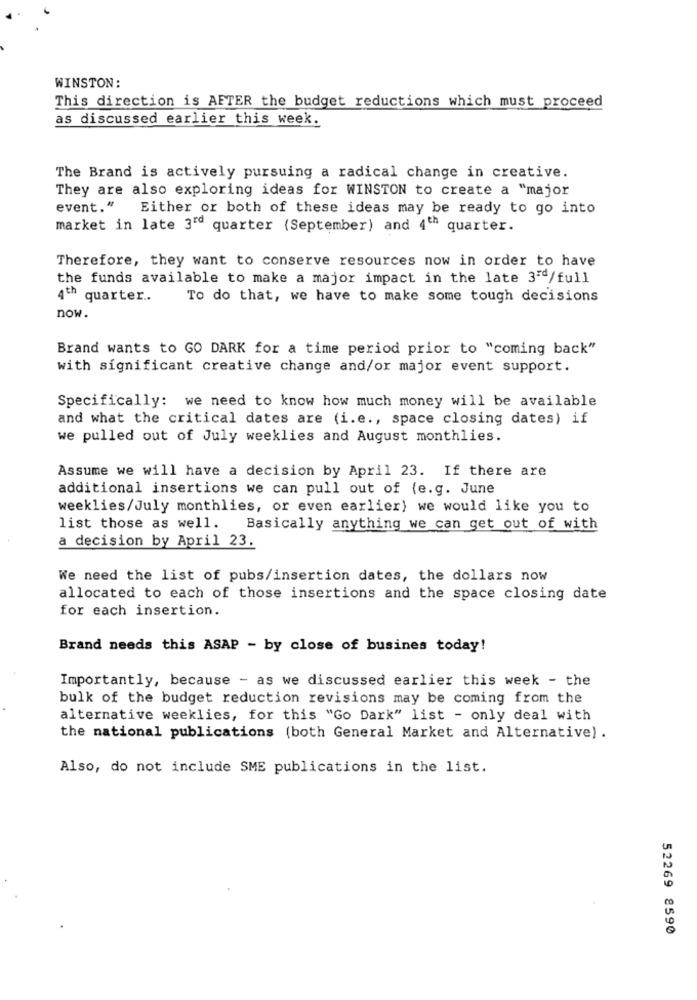
WINSTON:
This direction is AFTER the budget reductions which must proceed
as discussed earlier this week.
The Brand is actively pursuing a radical change in creative.
They are also exploring ideas for WINSTON to create a "major
event."
Either or both of these ideas may be ready to go into
market in late 3rd quarter (September) and 4th quarter.
Therefore, they want to conserve resources now in order to have
the funds available to make a major impact in the late 3'd/full
4th quarter ..
To do that, we have to make some tough decisions
now.
Brand wants to GO DARK for a time period prior to "coming back"
with significant creative change and/or major event support.
Specifically: we need to know how much money will be available
and what the critical dates are (i.e ., space closing dates) if
we pulled out of July weeklies and August monthlies.
Assume we will have a decision by April 23. If there are
additional insertions we can pull out of (e.g. June
weeklies/July monthlies, or even earlier) we would like you to
list those as well.
Basically anything we can get out of with
a decision by April 23.
We need the list of pubs/insertion dates, the dollars now
allocated to each of those insertions and the space closing date
for each insertion.
Brand needs this ASAP - by close of busines today!
Importantly, because - as we discussed earlier this week - the
bulk of the budget reduction revisions may be coming from the
alternative weeklies, for this "Go Dark" list - only deal with
the national publications (both General Market and Alternative) .
Also, do not include SME publications in the list.
52269 8590